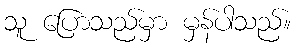
သူ ပြောသည်မှာ မှန်ပါသည်။